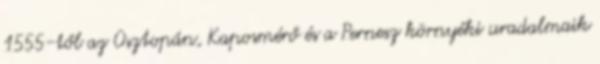
1555-től az Osztopán, Kaposmérő és a Pernesz környéki uradalmaik